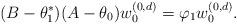
LaTeX: \begin{align*}(B-\theta_1^*)(A-\theta_0) w^{(0,d)}_0=\varphi_1 w^{(0,d)}_0.\end{align*}